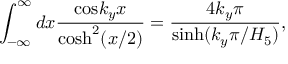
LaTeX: \int _ { - \infty } ^ { \infty } d x { \frac { \mathrm { c o s } { k _ { y } x } } { \mathrm { c o s h } ^ { 2 } ( x / 2 ) } } = { \frac { 4 k _ { y } \pi } { \mathrm { s i n h } ( k _ { y } \pi / H _ { 5 } ) } } ,